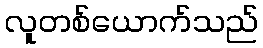
လူတစ်ယောက်သည်